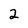
Character: 2